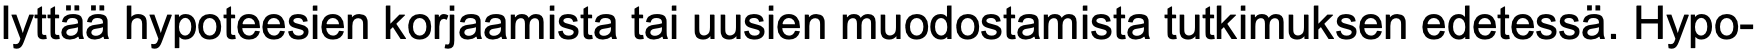
lyttää hypoteesien korjaamista tai uusien muodostamista tutkimuksen edetessä. Hypo-